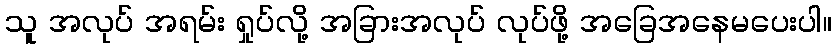
သူ အလုပ် အရမ်း ရှုပ်လို့ အခြားအလုပ် လုပ်ဖို့ အခြေအနေမပေးပါ။